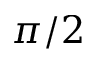
\pi / 2